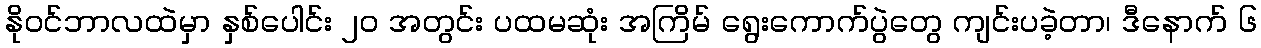
နိုဝင်ဘာလထဲမှာ နှစ်ပေါင်း ၂၀ အတွင်း ပထမဆုံး အကြိမ် ရွေးကောက်ပွဲတွေ ကျင်းပခဲ့တာ၊ ဒီနောက် ၆